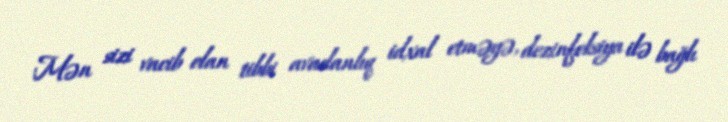
Mən sizi vacib olan tibbi avadanlıq idxal etməyə, dezinfeksiya ilə bağlı